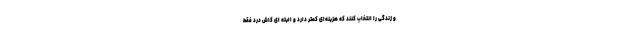
و زندگی را انتخاب کنند که هزینه‌ای کمتر دارد و البته ای کاش درد فقط